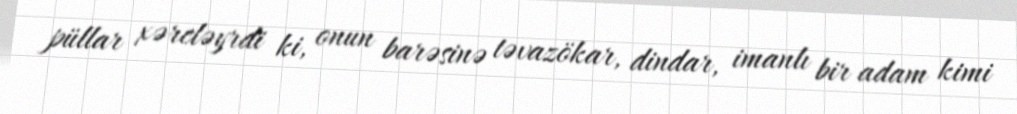
püllar xərcləyrdi ki, onun barəsinə təvazökar, dindar, imanlı bir adam kimi